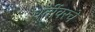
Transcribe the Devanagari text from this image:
धर्तीवरचे